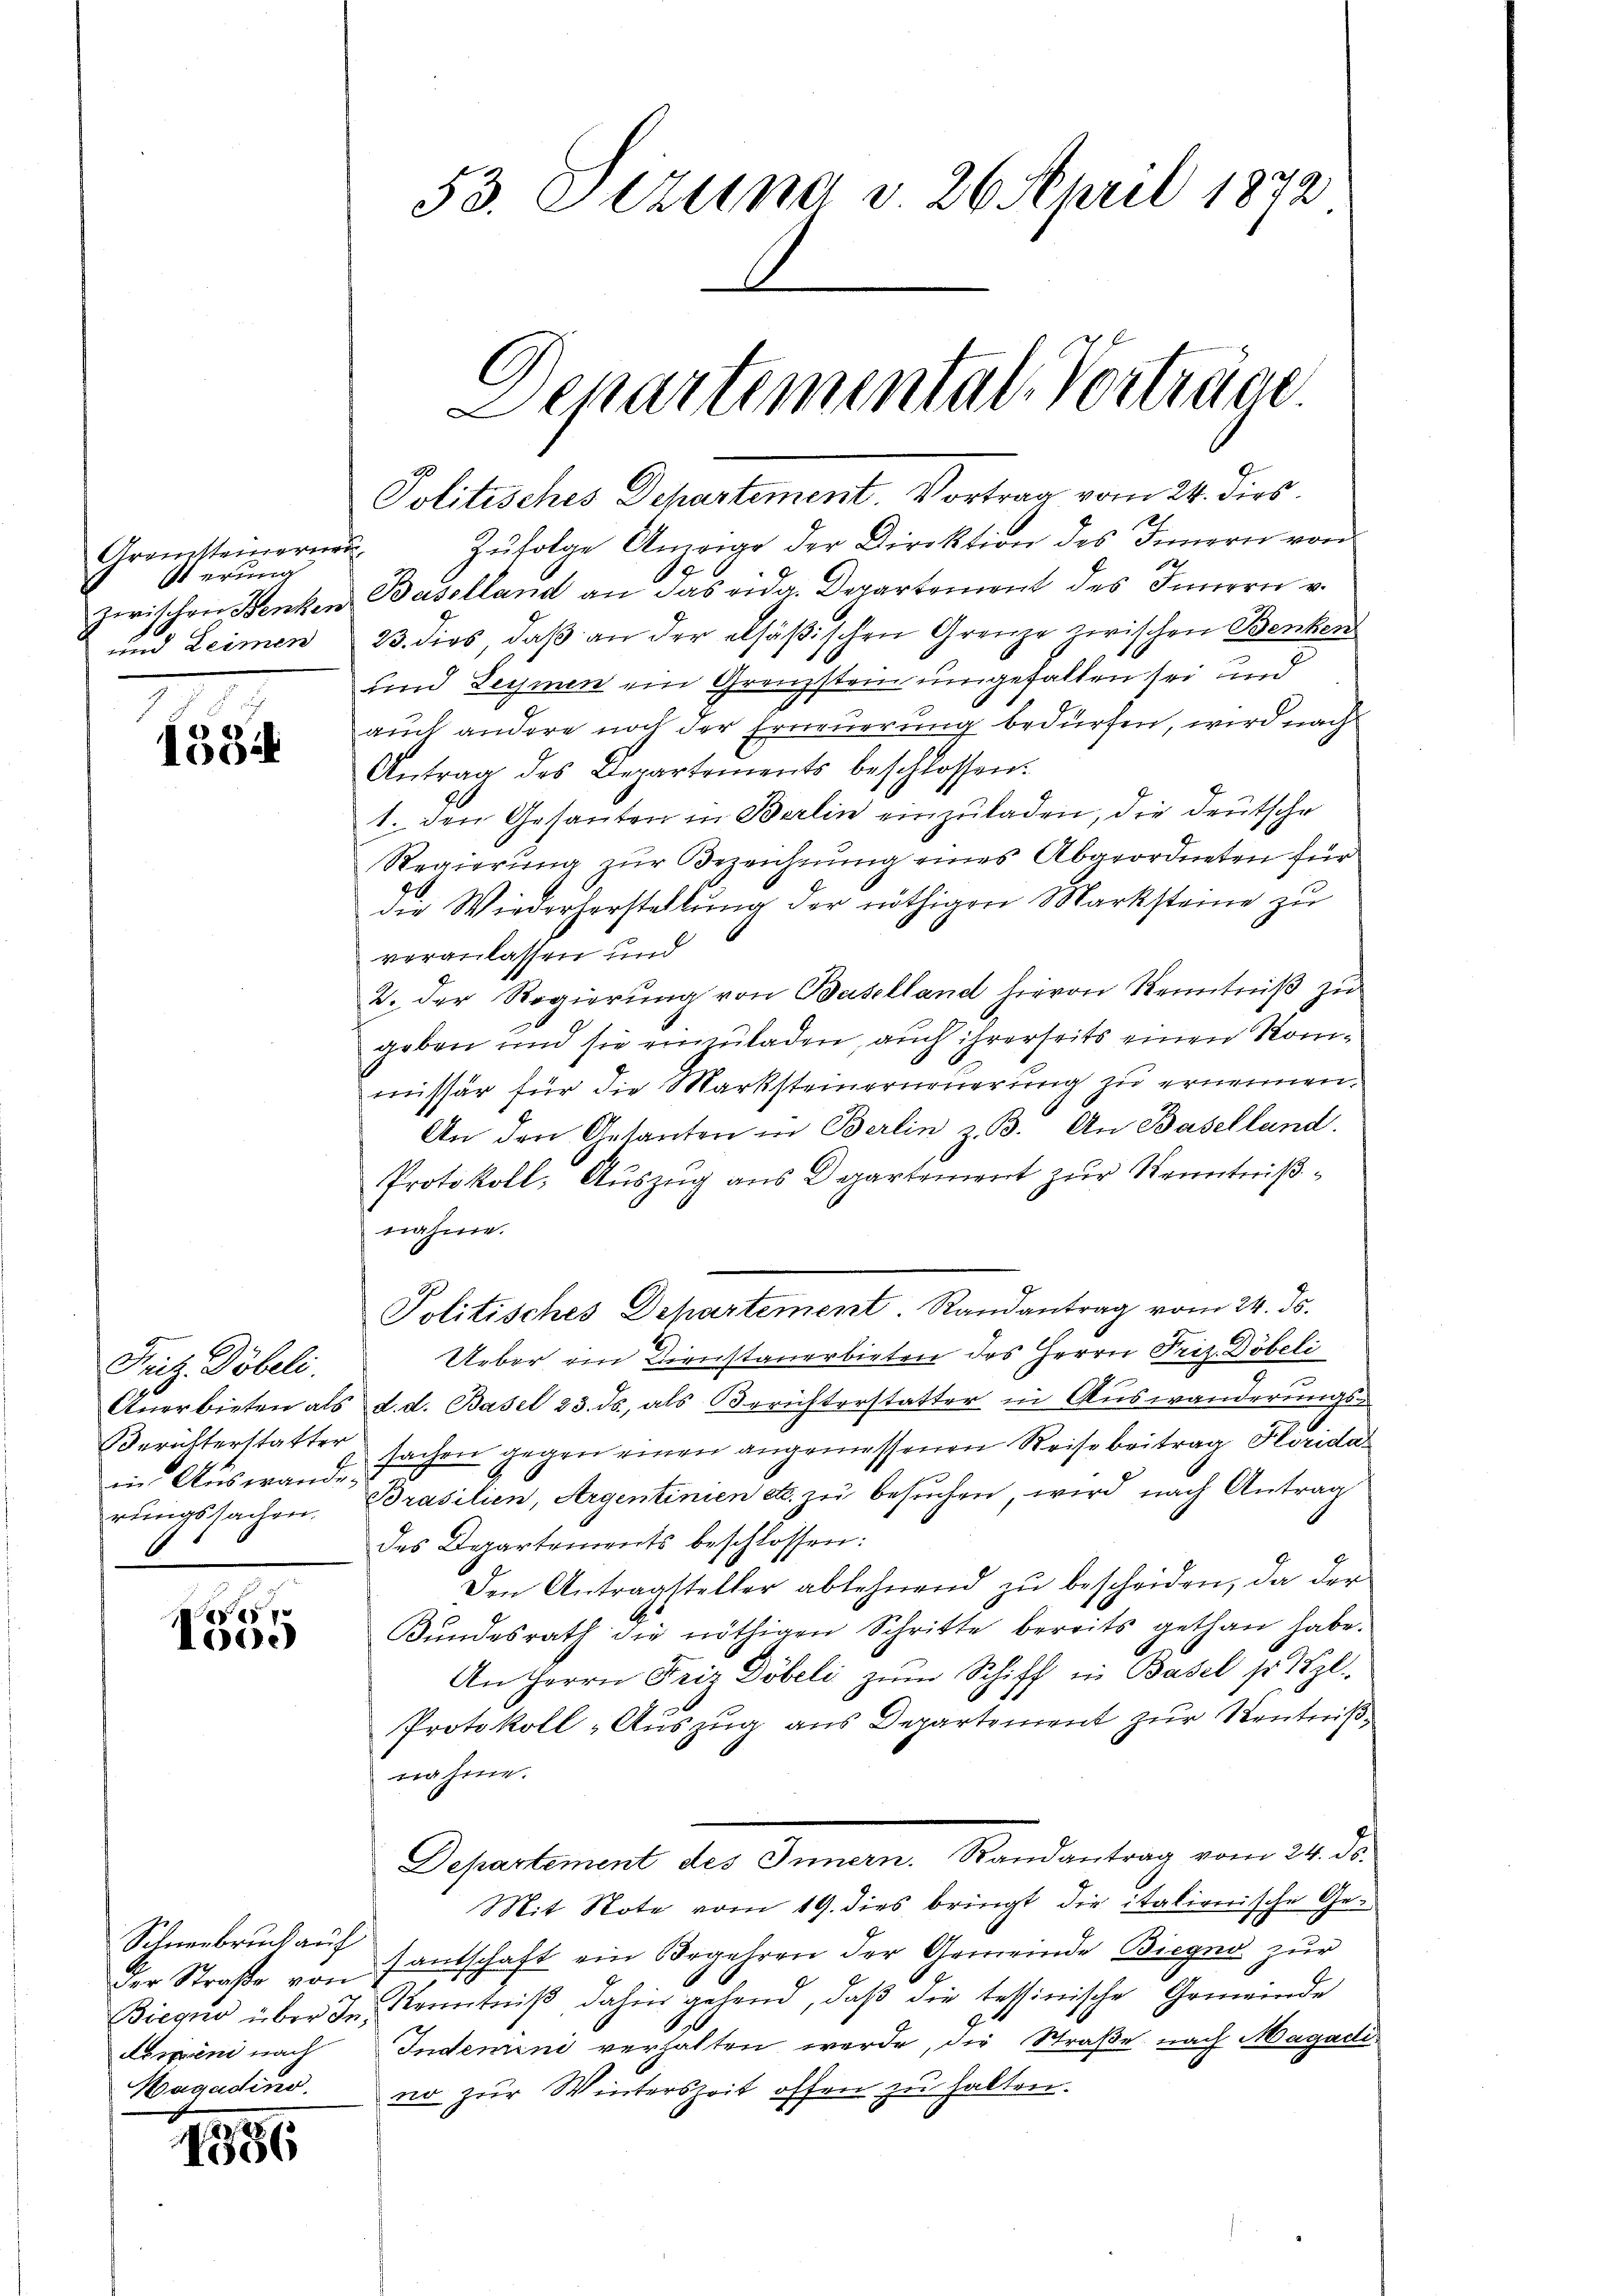
Gremsteinernen,
Iterung
und Leimen

1534

Fritz Döbeli.
in Auswande.
rungssachen.

e
100.

Schneebruck auf
Aespani nach
Hagadino.

186

53. Stzung d 26. April 1872
Lepartemental Vorträge

s
Politisches Departement. Vortrag vom 24. dies

Zufolge Anweige der Direktion des Innern von
12
zwischen Henken Baselland an das eida. Departement des Innern v.
23. dies, daß an der alsäßischen Grenze zwischen Benken
und Leymen ein Grenzstein umgefallen sei und
auch andere noch der Erneuerung bedürfen, wird nach
Antrag des Departements beschlossen.
1. den Gesanten in Berlin einzuladen, die deutsche
Regierung zur Bezeichnung eines Abgeordneten für
die Wiederherstellŭng der nöthigen Marksteine zu
veranlassen und
2. Der Regierŭng von Baselland hievon Kenntniß zu
geben und sie einzuladen, auch ihrerseits einen Kommissär für die Marksteinerneuerung zu ernennen.
An den Gesanten in Berlin z. B. An Baselland.
Protokoll, Auszug aus Departement zur Kenntnißnahme.
Politisches Departement Randantrag vom 24. ds.
Ueber ein Dienstanerbieten des Herrn Priz. Döbeli
Anerbieten als d. d. Basel 23. ds., als Berichterstatter in Auswanderungs¬
Berichterstatter sachen gegen einen angemessenen Reise beitrag Florida
Brasilien, Argentinien etc. zu besuchen, wird nach Antrag
des Departements beschlossen:
Den Antragsteller ablehnend zŭ bescheiden, da der
Bundesrath die nöthigen Schritte bereits gethan habe.
An Herrn Friz Döbeli zŭm Schiff in Basel so l
Protokoll „Auszug aus Departement zur Kentnißnahme.
Departement des Innern. Randantrag vom 24. ds.
Mit Note vom 19. dies bringt die italienische Geder Straβe von fantschaft ein Begehren der Gemeinde Biegno zŭr
Biegno über in Kenntniβ dahin gehend, daβ die tessinische Gemeinde
Indemini verhalten werde, die Straße nach Magadi
no zur Winterszeit offen zu halten.